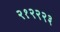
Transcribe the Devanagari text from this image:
२१२२२३